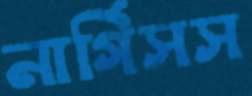
নার্গিসস